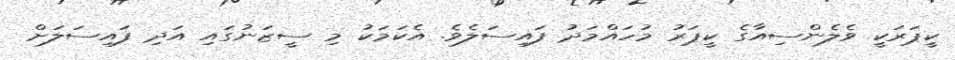
ކީޕަރަކީ ވެލެންސިއާގެ ކީޕަރު މުހައްމަދު ފައިސަލެވެ. އެކަމަކު މި ސީޒަނުގައި އަދި ފައިސަލަށް